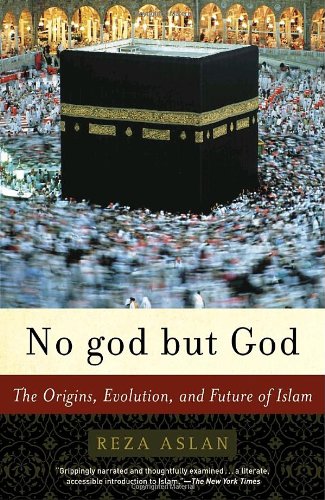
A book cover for No god but God: The Origins, Evolution, and Future of Islam; Reza Aslan; Religion & Spirituality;